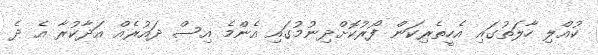
ކުއްލި ހާލަތުގައި އެހީތެރިކަން ފޯރުކޮށްދިނުމުގައި އެންމެ އިސް ދައުރެއް އަދާކުރާ އެ ދެ